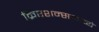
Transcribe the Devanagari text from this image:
क्रिएशन्समध्ये